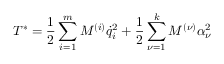
T ^ { * } = \frac { 1 } { 2 } \sum _ { i = 1 } ^ { m } M ^ { ( i ) } { \dot { q } } _ { i } ^ { 2 } + \frac { 1 } { 2 } \sum _ { \nu = 1 } ^ { k } M ^ { ( \nu ) } \alpha _ { \nu } ^ { 2 }